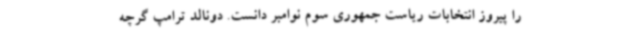
را پیروز انتخابات ریاست جمهوری سوم نوامبر دانست. دونالد ترامپ گرچه